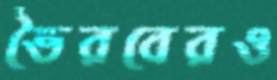
ভৈরবেরও